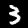
Digit: 3